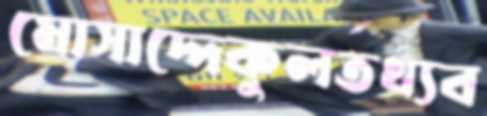
মোসাদ্দেকুলতথ্যব